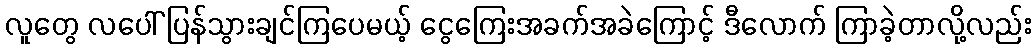
လူတွေ လပေါ် ပြန်သွားချင်ကြပေမယ့် ငွေကြေးအခက်အခဲကြောင့် ဒီလောက် ကြာခဲ့တာလို့လည်း